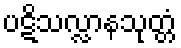
ပဋိသလ္လာနသုတ္တံ